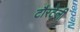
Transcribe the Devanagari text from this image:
टौरटेली